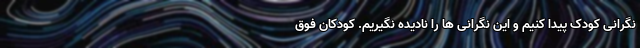
نگرانی کودک پیدا کنیم و این نگرانی ها را نادیده نگیریم. کودکان فوق